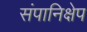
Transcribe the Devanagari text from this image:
संपानिक्षेप